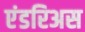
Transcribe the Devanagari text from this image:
एंडरिअस